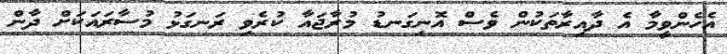
އެހެންވީމާ އެ ދާއިރާތަކުން ވެސް އޮނިގަނޑު މުރާޖައާ ކުރެވި ރަނގަޅު މުސާރައަކަށް ދާން